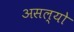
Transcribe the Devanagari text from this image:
असल्याे